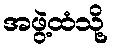
အဖွဲ့ထံသို့